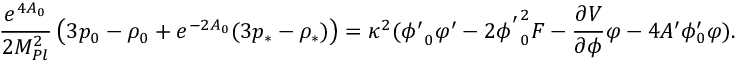
\frac { e ^ { 4 A _ { 0 } } } { 2 M _ { P l } ^ { 2 } } \left( 3 p _ { 0 } - \rho _ { 0 } + e ^ { - 2 A _ { 0 } } ( 3 p _ { * } - \rho _ { * } ) \right) = \kappa ^ { 2 } ( { \phi ^ { \prime } } _ { 0 } \varphi ^ { \prime } - 2 { \phi ^ { ' } } _ { 0 } ^ { 2 } F - \frac { \partial V } { \partial \phi } \varphi - 4 A ^ { \prime } \phi _ { 0 } ^ { \prime } \varphi ) .